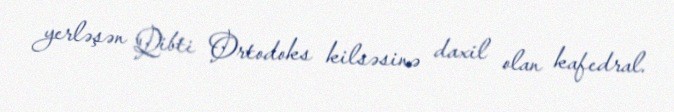
yerləşən Qibti Ortodoks kilsəsinə daxil olan kafedral.